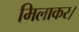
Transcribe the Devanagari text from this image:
मिलाकर।